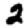
Digit: 2